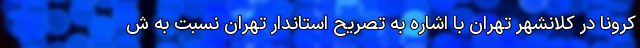
کرونا در کلانشهر تهران با اشاره به تصریح استاندار تهران نسبت به ش